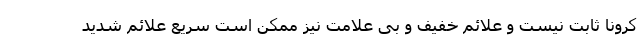
کرونا ثابت نیست و علائم خفیف و بی علامت نیز ممکن است سریع علائم شدید